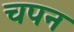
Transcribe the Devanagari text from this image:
चपन